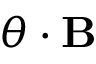
\mathbf { \nabla } \theta \cdot \mathbf { B }